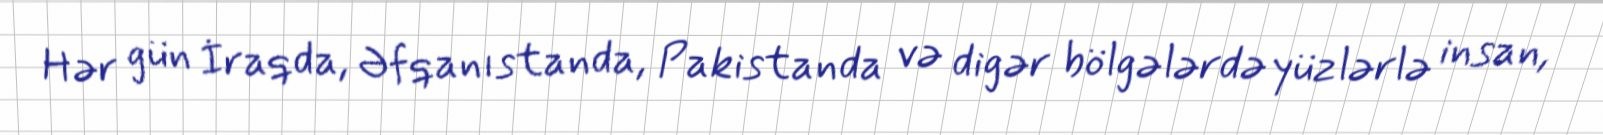
Hər gün İraqda, Əfqanıstanda, Pakistanda və digər bölgələrdə yüzlərlə insan,